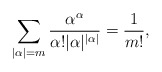
\begin{align*} \sum_{|\alpha|=m}\frac{\alpha^{\alpha}}{\alpha!|\alpha|^{|\alpha|}}=\frac{1}{m!},\end{align*}